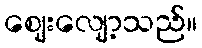
ဈေးလျော့သည်။